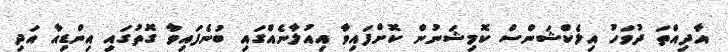
އާދިއްތަ ދުވަހު އިލެކްޝަންސް ކޮމިޝަނުން ކޮށްފައިވާ އިއުލާނެއްގައި ބުނެފައިވާ ގޮތުގައި އިންޑިއާ އަދި